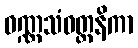
ဝဏ္ဏသံဝတ္တနိကာ